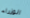
الوزراء